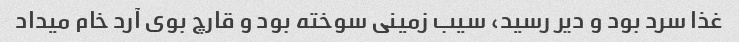
غذا سرد بود و دیر رسید، سیب زمینی سوخته بود و قارچ بوی آرد خام میداد